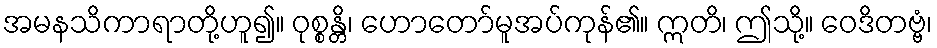
အမနသိကာရာတို့ဟူ၍။ ဝုစ္စန္တိ၊ ဟောတော်မူအပ်ကုန်၏။ ဣတိ၊ ဤသို့။ ဝေဒိတဗ္ဗံ၊